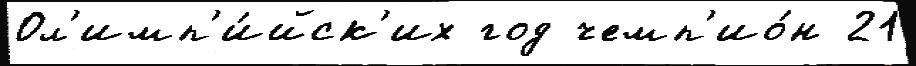
Ол'имп'и́йск'их год чемп'ио́н 21